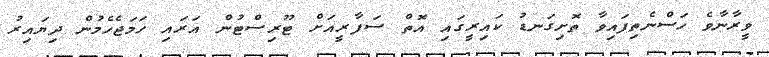
ވީރާނާވެ ހަސްނެތިފައިވާ ތޮށިގަނޑު ކައިރީގައި އޮތް ސަފާރީއަށް ޓޫރިސްޓުން އަރައި ހަމަޖެހެމުން ދިޔައިރު